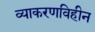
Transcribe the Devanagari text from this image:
व्याकरणविहीन